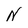
Character: N